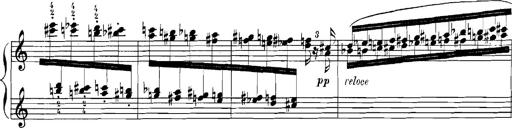
Title: Rhapsodies hongroises
Composer: Franz Liszt